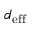
d _ { \mathrm { e f f } }